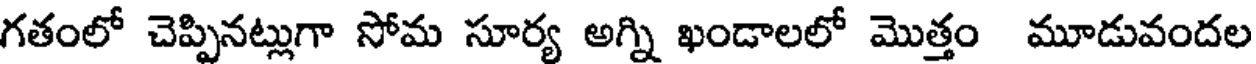
గతంలో చెప్పినట్లుగా సోమ సూర్య అగ్ని ఖండాలలో మొత్తం మూడువందల